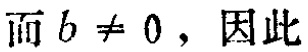
而 \(b \neq 0\)，因此